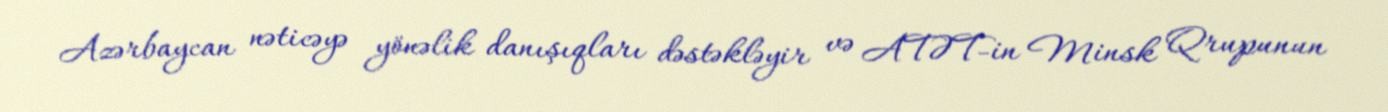
Azərbaycan nəticəyə yönəlik danışıqları dəstəkləyir və ATƏT-in Minsk Qrupunun